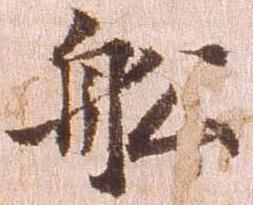
船